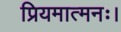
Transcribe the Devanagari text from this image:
प्रियमात्मनः।